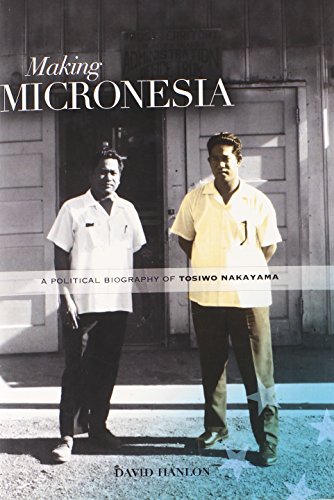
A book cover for Making Micronesia: A Political Biography of Tosiwo Nakayama; David Hanlon; History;